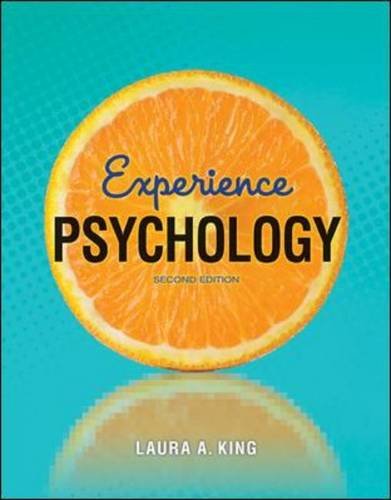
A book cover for Experience Psychology; Laura King; Medical Books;